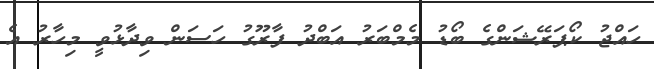
ހައްޖު ކޯޕަރޭޝަންގެ ބޯޑު މެމްބަރު އަބްދު ފާރޫގު ހަސަން ވިދާޅުވީ މިހާރު އެ